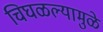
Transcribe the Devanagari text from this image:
चिघळल्यामुळे